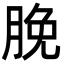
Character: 脕